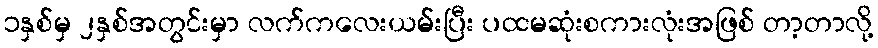
၁နှစ်မှ ၂နှစ်အတွင်းမှာ လက်ကလေးယမ်းပြီး ပထမဆုံးစကားလုံးအဖြစ် တာ့တာလို့